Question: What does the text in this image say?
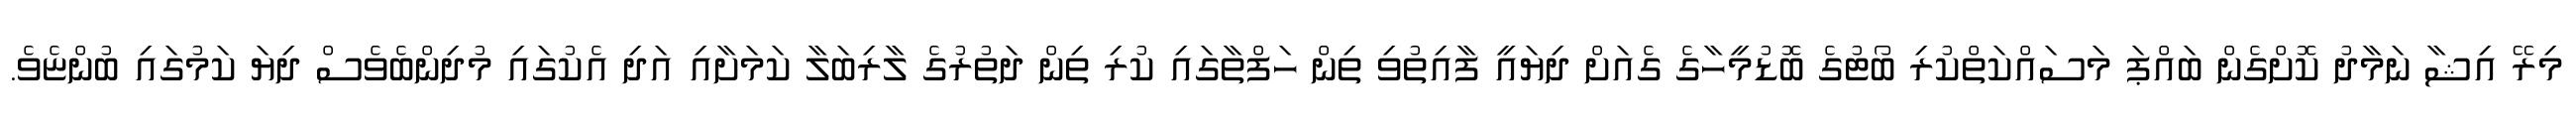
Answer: މިރޭ އިޝާ ނަމާދު ކޮށްގެން ބައްޕަ މަސައްކަތްކުރި ބޯޓުގެ ބޮޑުމީހާގެ ގެއަށް ދިޔައީ ފާއިތުވި ތިން ހަފްތާގައި ކުރި ތިން ދަތުރުގެ ލާރިބަލާ ކަމަށާއި އަދި އެކުގައި މުދިންބެވެސް ދިޔަ ކަމުގައި ބުންޏެވެ.